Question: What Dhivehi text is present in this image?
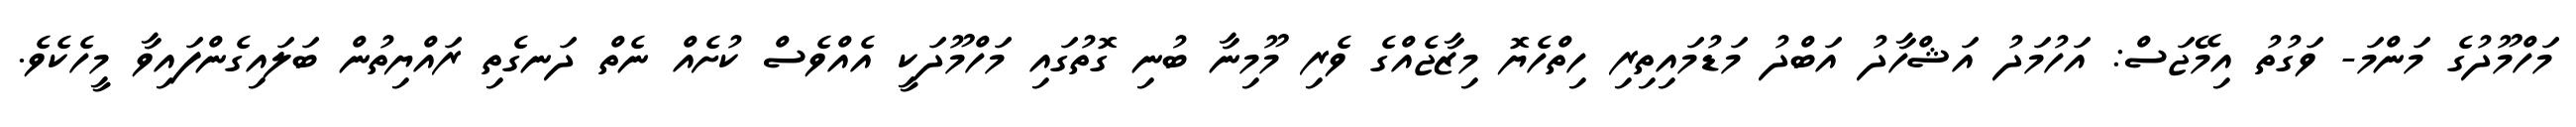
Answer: މަހްމޫދުގެ މަންމަ- ވަގުތު އިމޭޖަސް: އަހުމަދު އަޝްހާދު އަބްދު މަޑުމައިތިރި ހިތްހެޔޮ މިޒާޖެއްގެ ވެރި މޫމިނާ ބުނި ގޮތުގައި މަހްމޫދަކީ އެއްވެސް ކުށެއް ނެތް ދަނގެތި ރައްޔިތުން ބަލައިގެންފައިވާ މީހެކެވެ.